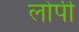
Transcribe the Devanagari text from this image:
लोपी